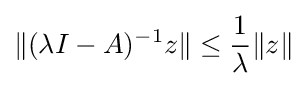
\|(\lambda I-A)^{-1}z\|\leq {\frac {1}{\lambda }}\|z\|